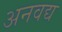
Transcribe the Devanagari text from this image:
अनवद्य